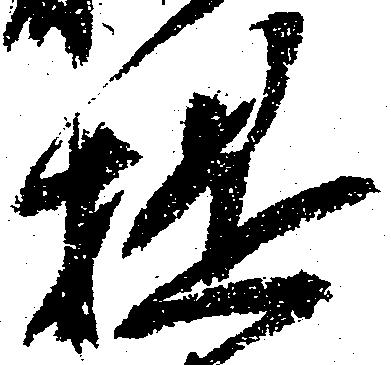
提